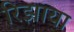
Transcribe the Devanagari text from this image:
रिझाया